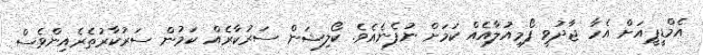
އެމްޑީޕީއަށް އެހާ ޖާދުވީ ފޯމިއުލާއެއް ކަމަށް ނުފެނެއެވެ. ކޯލިޝަން ސަރުކާރެއް ކަމުން ސަރުކާރުތެރެއިންވެސް